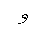
Letter: _waw